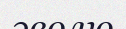
эволю